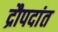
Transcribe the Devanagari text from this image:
द्रौपदांत